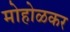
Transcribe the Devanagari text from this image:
मोहोळकर